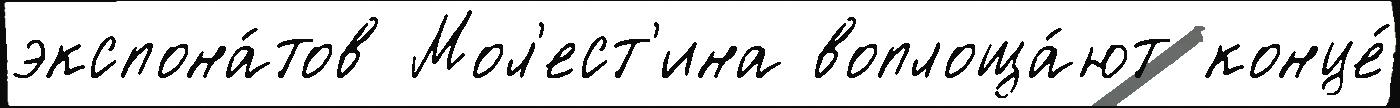
экспона́тов Мол'ест'ина воплоща́ют конце́